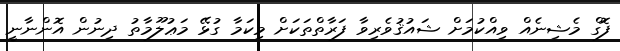
ފޮގް މެޝިނެއް ވިއްކުމަށް ޝައުޤުވެރިވާ ފަރާތްތަކަށް މިކަމާ ގުޅޭ މަޢުލޫމާތު ދިނުން އޮންނާނީ